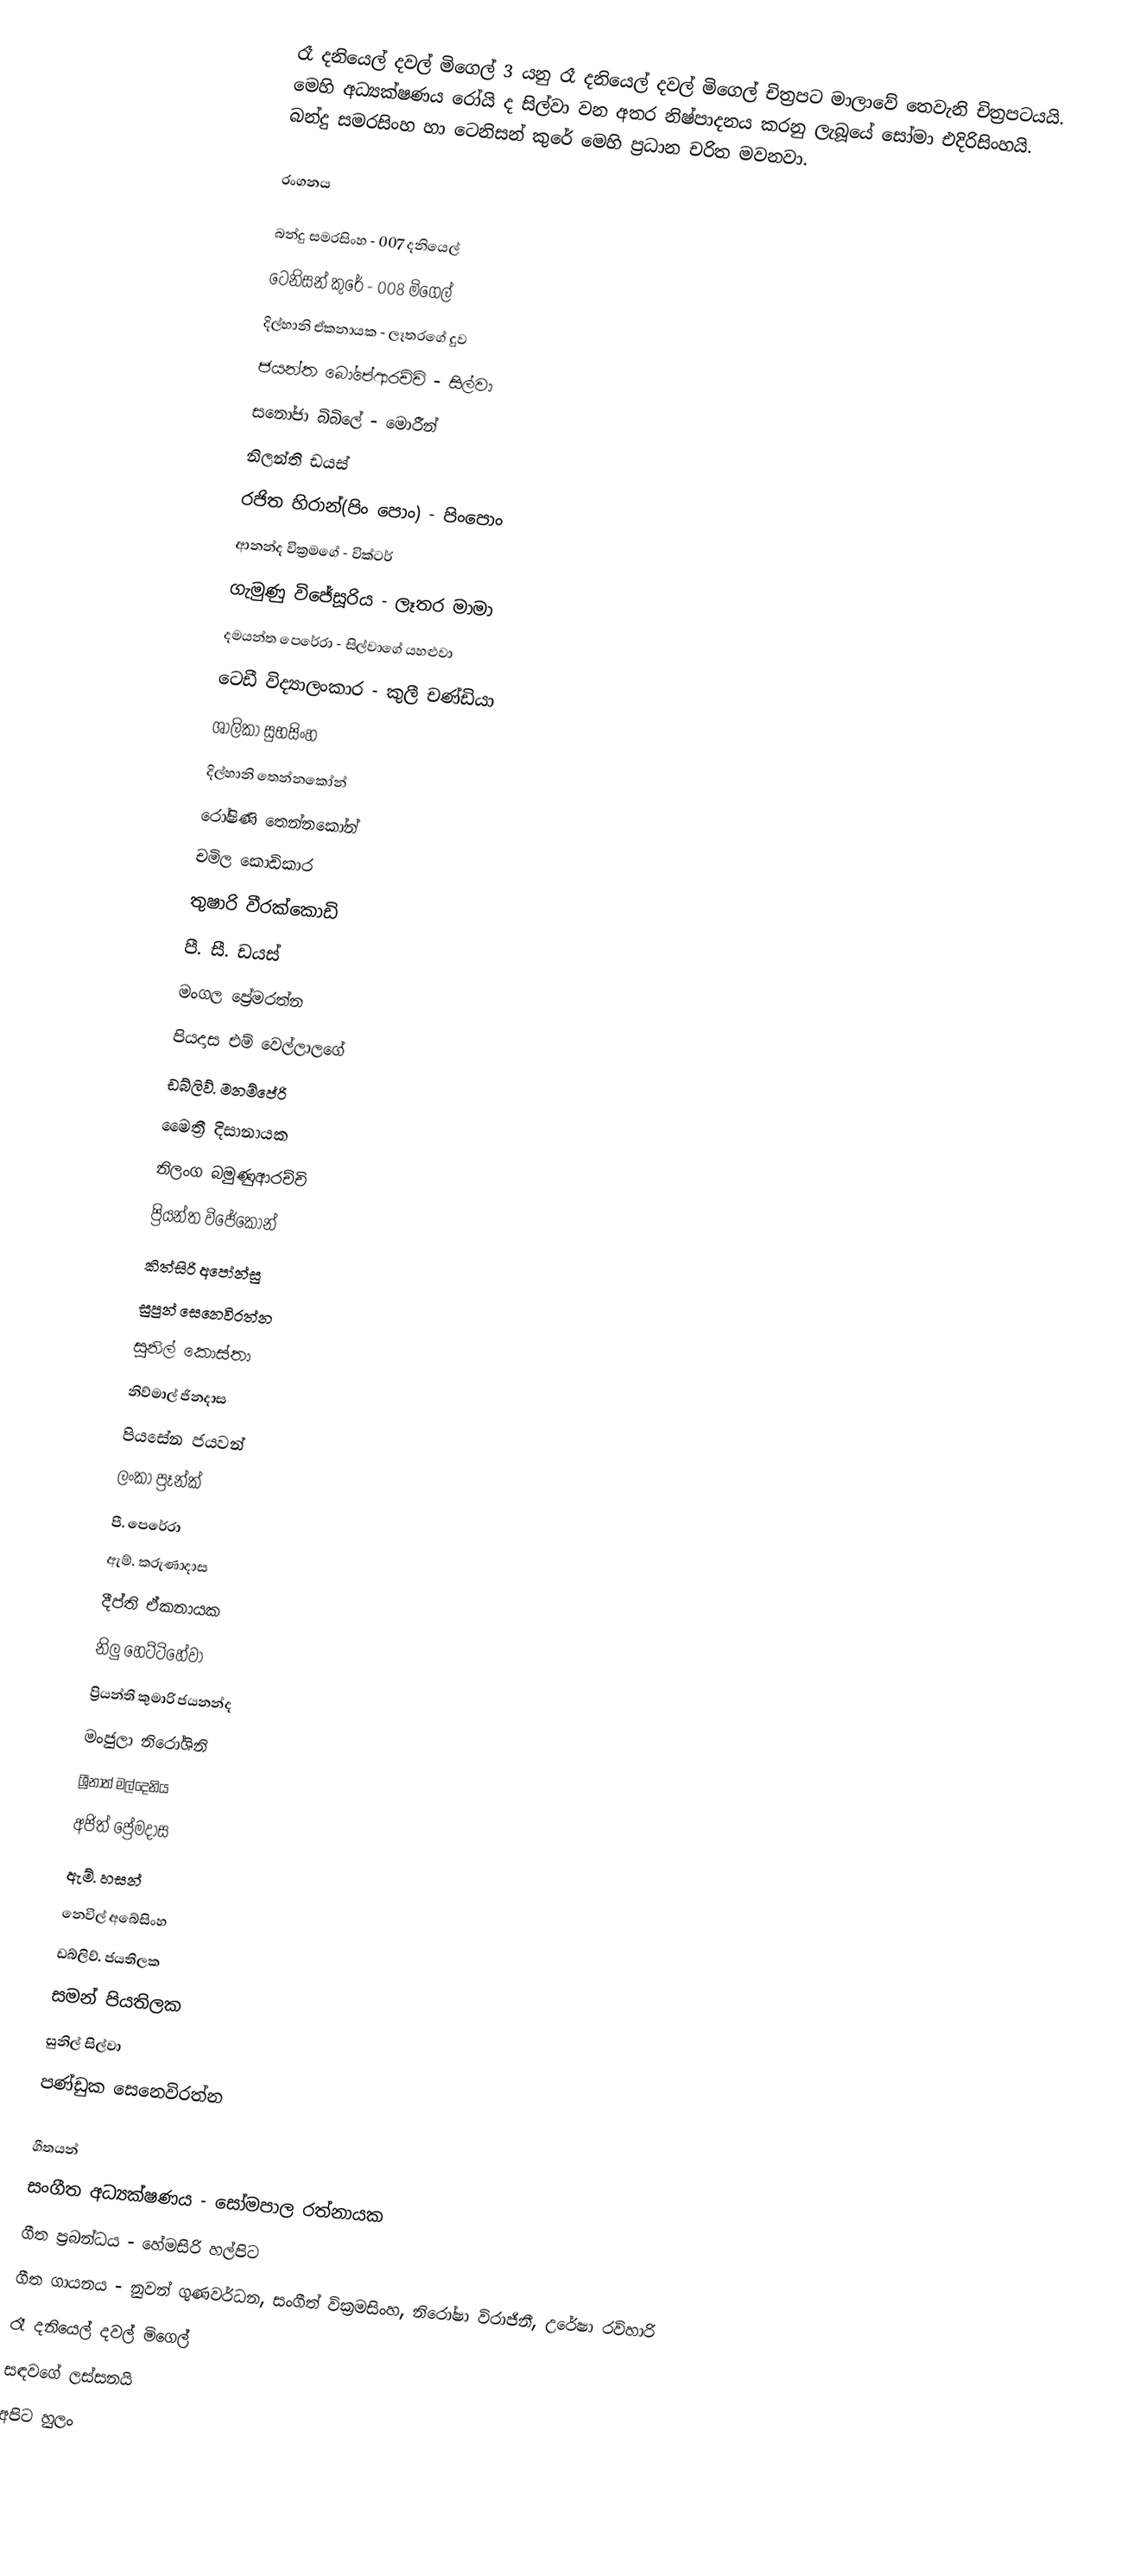
රෑ දනියෙල් දවල් මිගෙල් 3 යනු රෑ දනියෙල් දවල් මිගෙල් චිත්‍රපට මාලාවේ තෙවැනි චිත්‍රපටයයි. මෙහි අධ්‍යක්ෂණය රෝයි ද සිල්වා වන අතර නිෂ්පාදනය කරනු ලැබූයේ සෝමා එදිරිසිංහයි. බන්දු සමරසිංහ හා ටෙනිසන් කුරේ මෙහි ප්‍රධාන චරිත මවනවා.

රංගනය

බන්දු සමරසිංහ - 007 දනියෙල්
ටෙනිසන් කුරේ - 008 මිගෙල්
දිල්හානි ඒකනායක - ලෑතරගේ දුව
ජයන්ත බෝපේආරච්චි - සිල්වා
සනෝජා බිබිලේ - මොරීන්
නිලන්ති ඩයස්
රජිත හිරාන්(පිං පොං) - පිංපොං
ආනන්ද වික්‍රමගේ - වික්ටර්
ගැමුණු විජේසූරිය - ලෑතර මාමා
දමයන්ත පෙරේරා - සිල්වාගේ යහළුවා
ටෙඩී විද්‍යාලංකාර - කුලී චණ්ඩියා
ශාලිකා සුභසිංහ
දිල්හානි තෙන්නකෝන්
රෝෂිණි තෙන්නකෝන්
චමිල කොඩිකාර
තුෂාරි වීරක්කොඩි
පී. සී. ඩයස්
මංගල ප්‍රේමරත්න
පියදාස එම් වෙල්ලාලගේ
ඩබ්ලිව්. මනම්පේරි
මෛත්‍රී දිසානායක
නිලංග බමුණුආරච්චි
ප්‍රියන්ත විජේකෝන්
කිත්සිරි අපෝන්සු
සුපුන් සෙනෙවිරත්න
සුනිල් කොස්තා
නිව්මාල් ජිනදාස
පියසේන ජයවන්
ලංකා ප්‍රෑන්ක්
පී. පෙරේරා
ඇම්. කරුණාදාස
දීප්ති ඒකනායක
නිලු හෙට්ටිහේවා
ප්‍රියන්ති කුමාරි ජයනන්ද
මංජුලා නිරෝශිනි
ශ්‍රීනාත් මල්දෙනිය
අජිත් ප්‍රේමදාස
ඇම්. හසන්
නෙවිල් අබේසිංහ
ඩබ්ලිව්. ජයතිලක
සමන් පියතිලක
සුනිල් සිල්වා
පණ්ඩුක සෙනෙවිරත්න

ගීතයන්
සංගීත අධ්‍යක්ෂණය - සෝමපාල රත්නායක
ගීත ප්‍රබන්ධය - හේමසිරි හල්පිට
ගීත ගායනය - නුවන් ගුණවර්ධන, සංගීත් වික්‍රමසිංහ, නිරෝෂා විරාජිනී, උරේෂා රවිහාරි
රෑ දනියෙල් දවල් මිගෙල්
සඳවගේ ලස්සනයි
අපිට හුලං